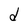
Character: d